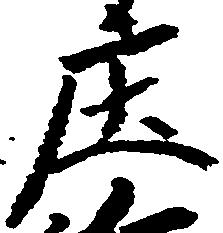
庄